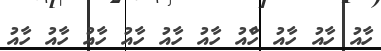
ހާއު ހާއު ހާއު ހާްއު ހާއު ހާއު ހާއު ހާއު ހާއު ހާއު